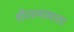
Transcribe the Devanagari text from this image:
शीतलामाता